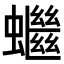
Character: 𧓓